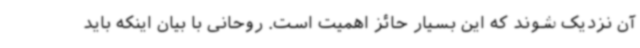
آن نزدیک شوند که این بسیار حائز اهمیت است. روحانی با بیان اینکه باید